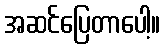
အဆင်ပြေတာပေါ့။